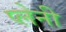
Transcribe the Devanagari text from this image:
प्लेनी